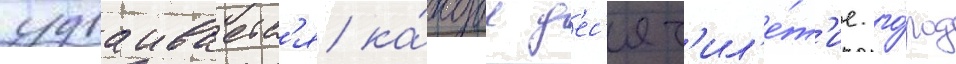
удваиваетс'я ка́ждое д'ес'ят'ил'е́т'ие. го́род